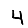
Digit: 4